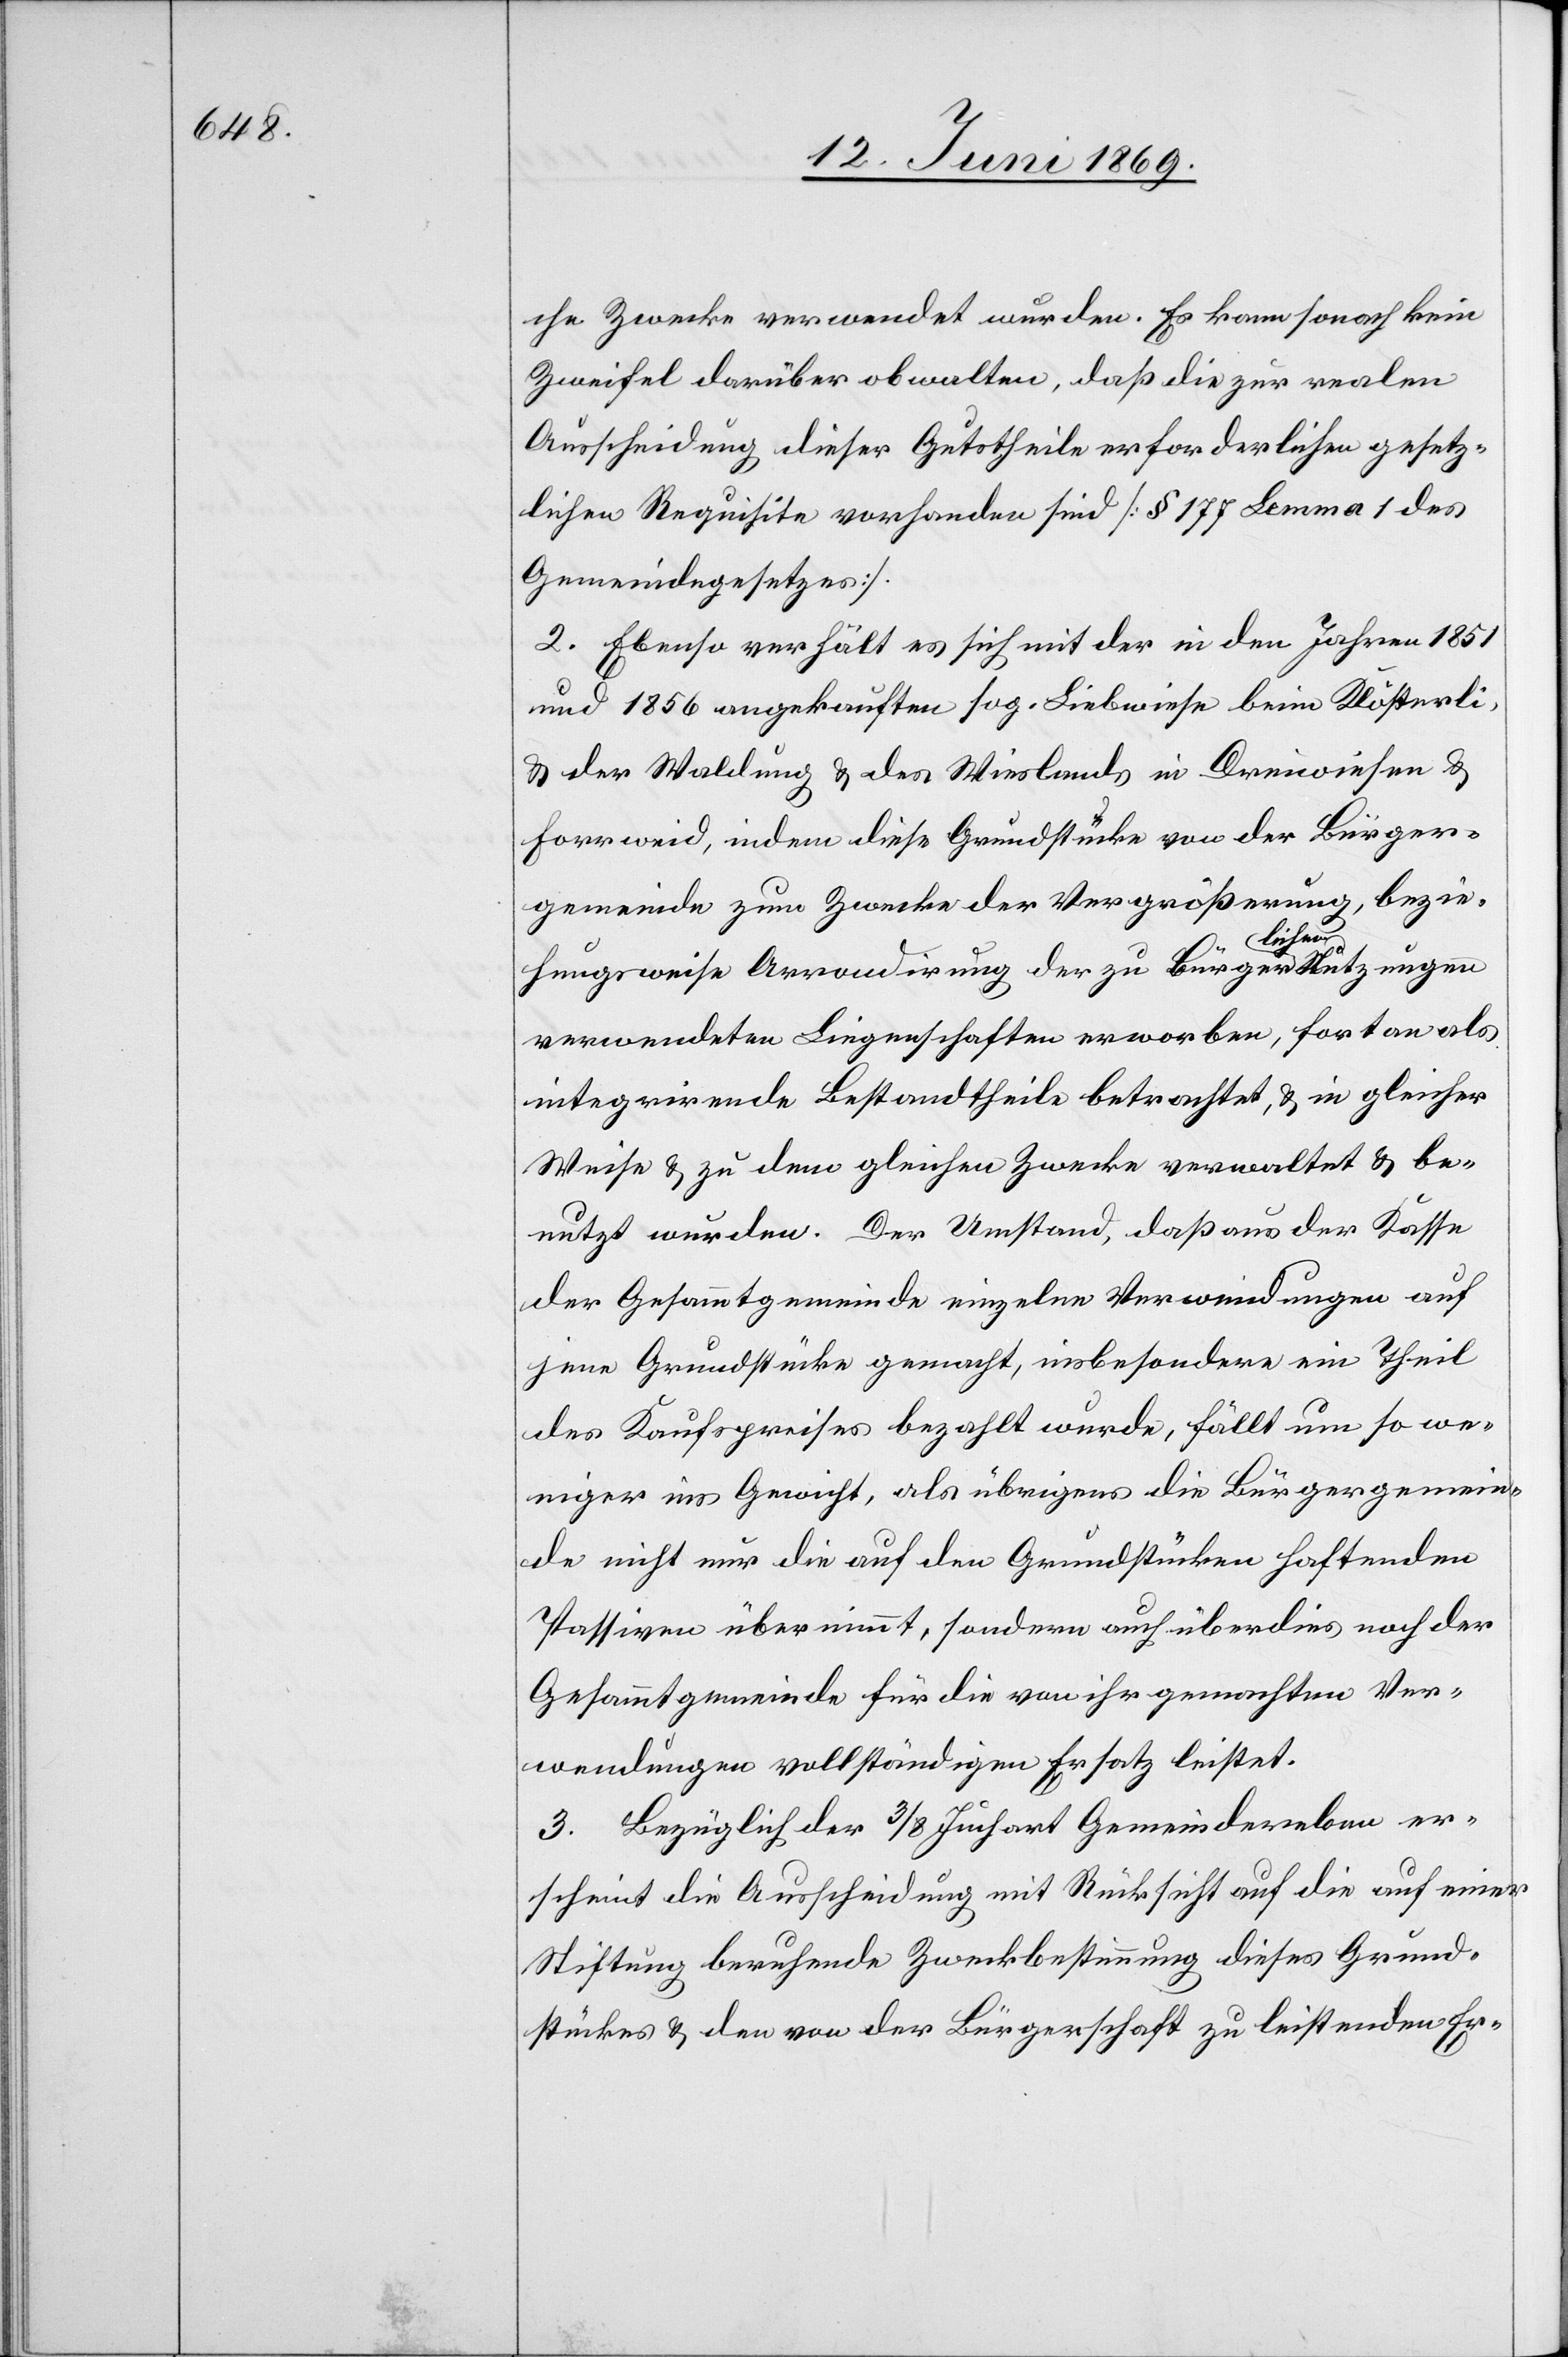
che Zwecke verwendet wurden. Es kann sonach kein
Zweifel darüber obwalten, daß die zur realen
Ausscheidung dieser Gutstheile erforderlichen gesetz¬
lichen Requisite vorhanden sind [§ 177 Lemma 1 des
Gemeindegesetzes].
2. Ebenso verhält es sich mit der in den Jahren 1851
und 1856 angekauften sog. Liebwiese beim Klösterli
u. der Waldung u. des Wieslands in Dreiwiesen u.
Forrweid; indem diese Grundstücke von der Bürger¬
gemeinde zum Zwecke der Vergrösserung, bezie¬
hungsweise Arrondirung der zu bürgerlichen Nutzungen
verwendeten Liegenschaften erworben, fortan als
integrirende Bestandtheile betrachtet, u. in gleicher
Weise u. zu dem gleichen Zwecke verwaltet u. be¬
nutzt wurden. Der Umstand, daß aus der Kasse
der Gesammtgemeinde einzelne Verwendungen auf
jene Grundstücke gemacht, insbesondere ein Theil
des Kaufpreises bezahlt wurde, fällt um so we¬
niger ins Gewicht, als übrigens die Bürgergemein¬
de nicht nur die auf den Grundstücken haftenden
Passiven übernimmt, sondern auch überdies nach der
Gesammtgemeinde für die von ihr gemachten Ver¬
wendungen vollständigen Ersatz leistet.
3. Bezüglich der 3/8 Juchart Gemeindereben er¬
scheint die Ausscheidung mit Rücksicht auf die auf einer
Stiftung beruhende Zweckbestimmung dieses Grund¬
stückes u. den von der Liegenschaft zu leistenden Er-